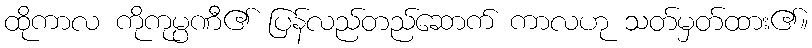
ထိုကာလ ကိုကုမ္ပဏီ၏ ပြန်လည်တည်ဆောက် ကာလဟု သတ်မှတ်ထား၏။